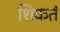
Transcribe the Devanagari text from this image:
शिकतं